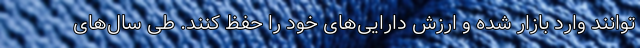
توانند وارد بازار شده و ارزش دارایی‌های خود را حفظ کنند. طی سال‌های